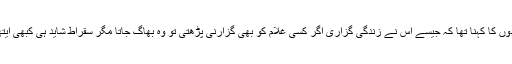
اس کے بارے میں اس کے شاگردوں کا کہنا تھا کہ جیسے اس نے زندگی گزاری اگر کسی غلام کو بھی گزارنی پڑھتی تو وہ بھاگ جاتا مگر سقراط شاید ہی کبھی ایتھنز کے دروازوں سے باہر گیا ہو۔